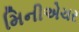
મિનીએચર